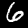
Label: 6